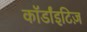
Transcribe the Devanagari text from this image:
कॉर्डांइटिज़